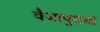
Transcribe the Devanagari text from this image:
वैजापुराची